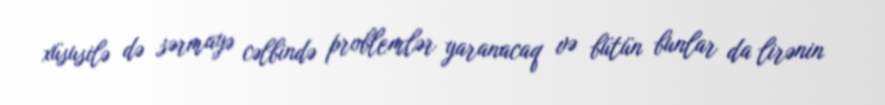
xüsusilə də sərmayə cəlbində problemlər yaranacaq və bütün bunlar da lirənin